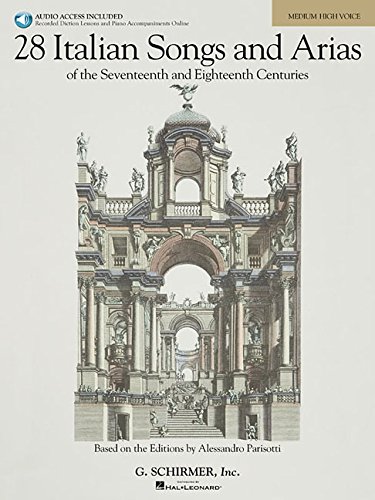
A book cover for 28 Italian Songs & Arias of the 17th & 18th Centuries - Medium High - Book/Online Audio: Based on the original editions by Alessandro Parisotti; Arts & Photography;